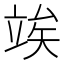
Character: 竢